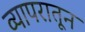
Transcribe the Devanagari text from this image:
व्यापरातून